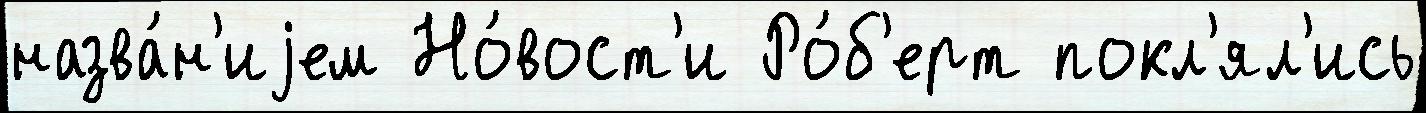
назва́н'иjем Но́вост'и Ро́б'ерт покл'ял'ись